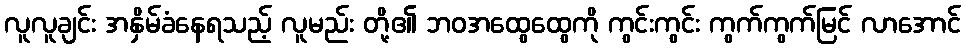
လူလူချင်း အနှိမ်ခံနေရသည့် လူမည်း တို့၏ ဘဝအထွေထွေကို ကွင်းကွင်း ကွက်ကွက်မြင် လာအောင်